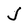
Character: J